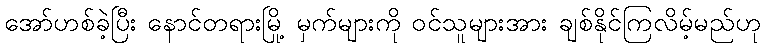
အော်ဟစ်ခဲ့ပြီး နောင်တရားမြို့ မှက်များကို ဝင်သူများအား ချစ်နိုင်ကြလိမ့်မည်ဟု